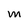
Character: M